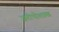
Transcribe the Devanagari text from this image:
जरीपोशाख